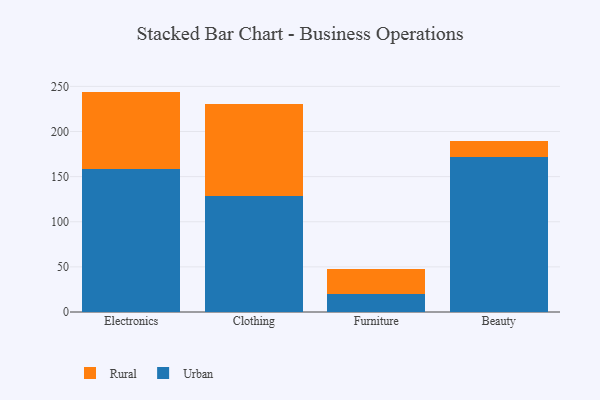
{"axis": {"x": "Category", "y": "Energy Usage (MWh)"}, "legend": ["Rural", "Urban"], "data": [{"x": "Electronics", "y": 158.7, "type": "Urban"}, {"x": "Electronics", "y": 85.5, "type": "Rural"}, {"x": "Clothing", "y": 128.3, "type": "Urban"}, {"x": "Clothing", "y": 101.7, "type": "Rural"}, {"x": "Furniture", "y": 19.5, "type": "Urban"}, {"x": "Furniture", "y": 28.1, "type": "Rural"}, {"x": "Beauty", "y": 172.0, "type": "Urban"}, {"x": "Beauty", "y": 17.6, "type": "Rural"}]}